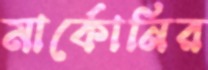
মার্কোনির